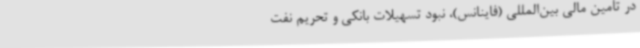
در تامین مالی بین‌المللی (فاینانس)، نبود تسهیلات بانکی و تحریم نفت